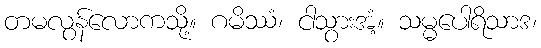
တမလွန်လောကသို့။ ဂမိဿံ၊ ငါသွားအံ့။ သမ္မပေါရိသာဒ၊